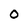
Character: 0